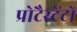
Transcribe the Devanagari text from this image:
प्रोटैस्टेंटों